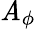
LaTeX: \mathit{A}_{\phi}